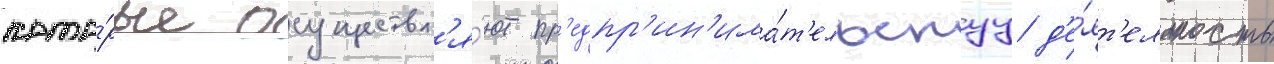
кото́рые осуществл'я́ют пр'едпр'ин'има́т'ельскуу д'е́ят'ельность